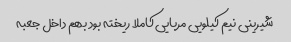
شیرینی نیم کیلویی مربایی کاملا ریخته بود بهم داخل جعبه